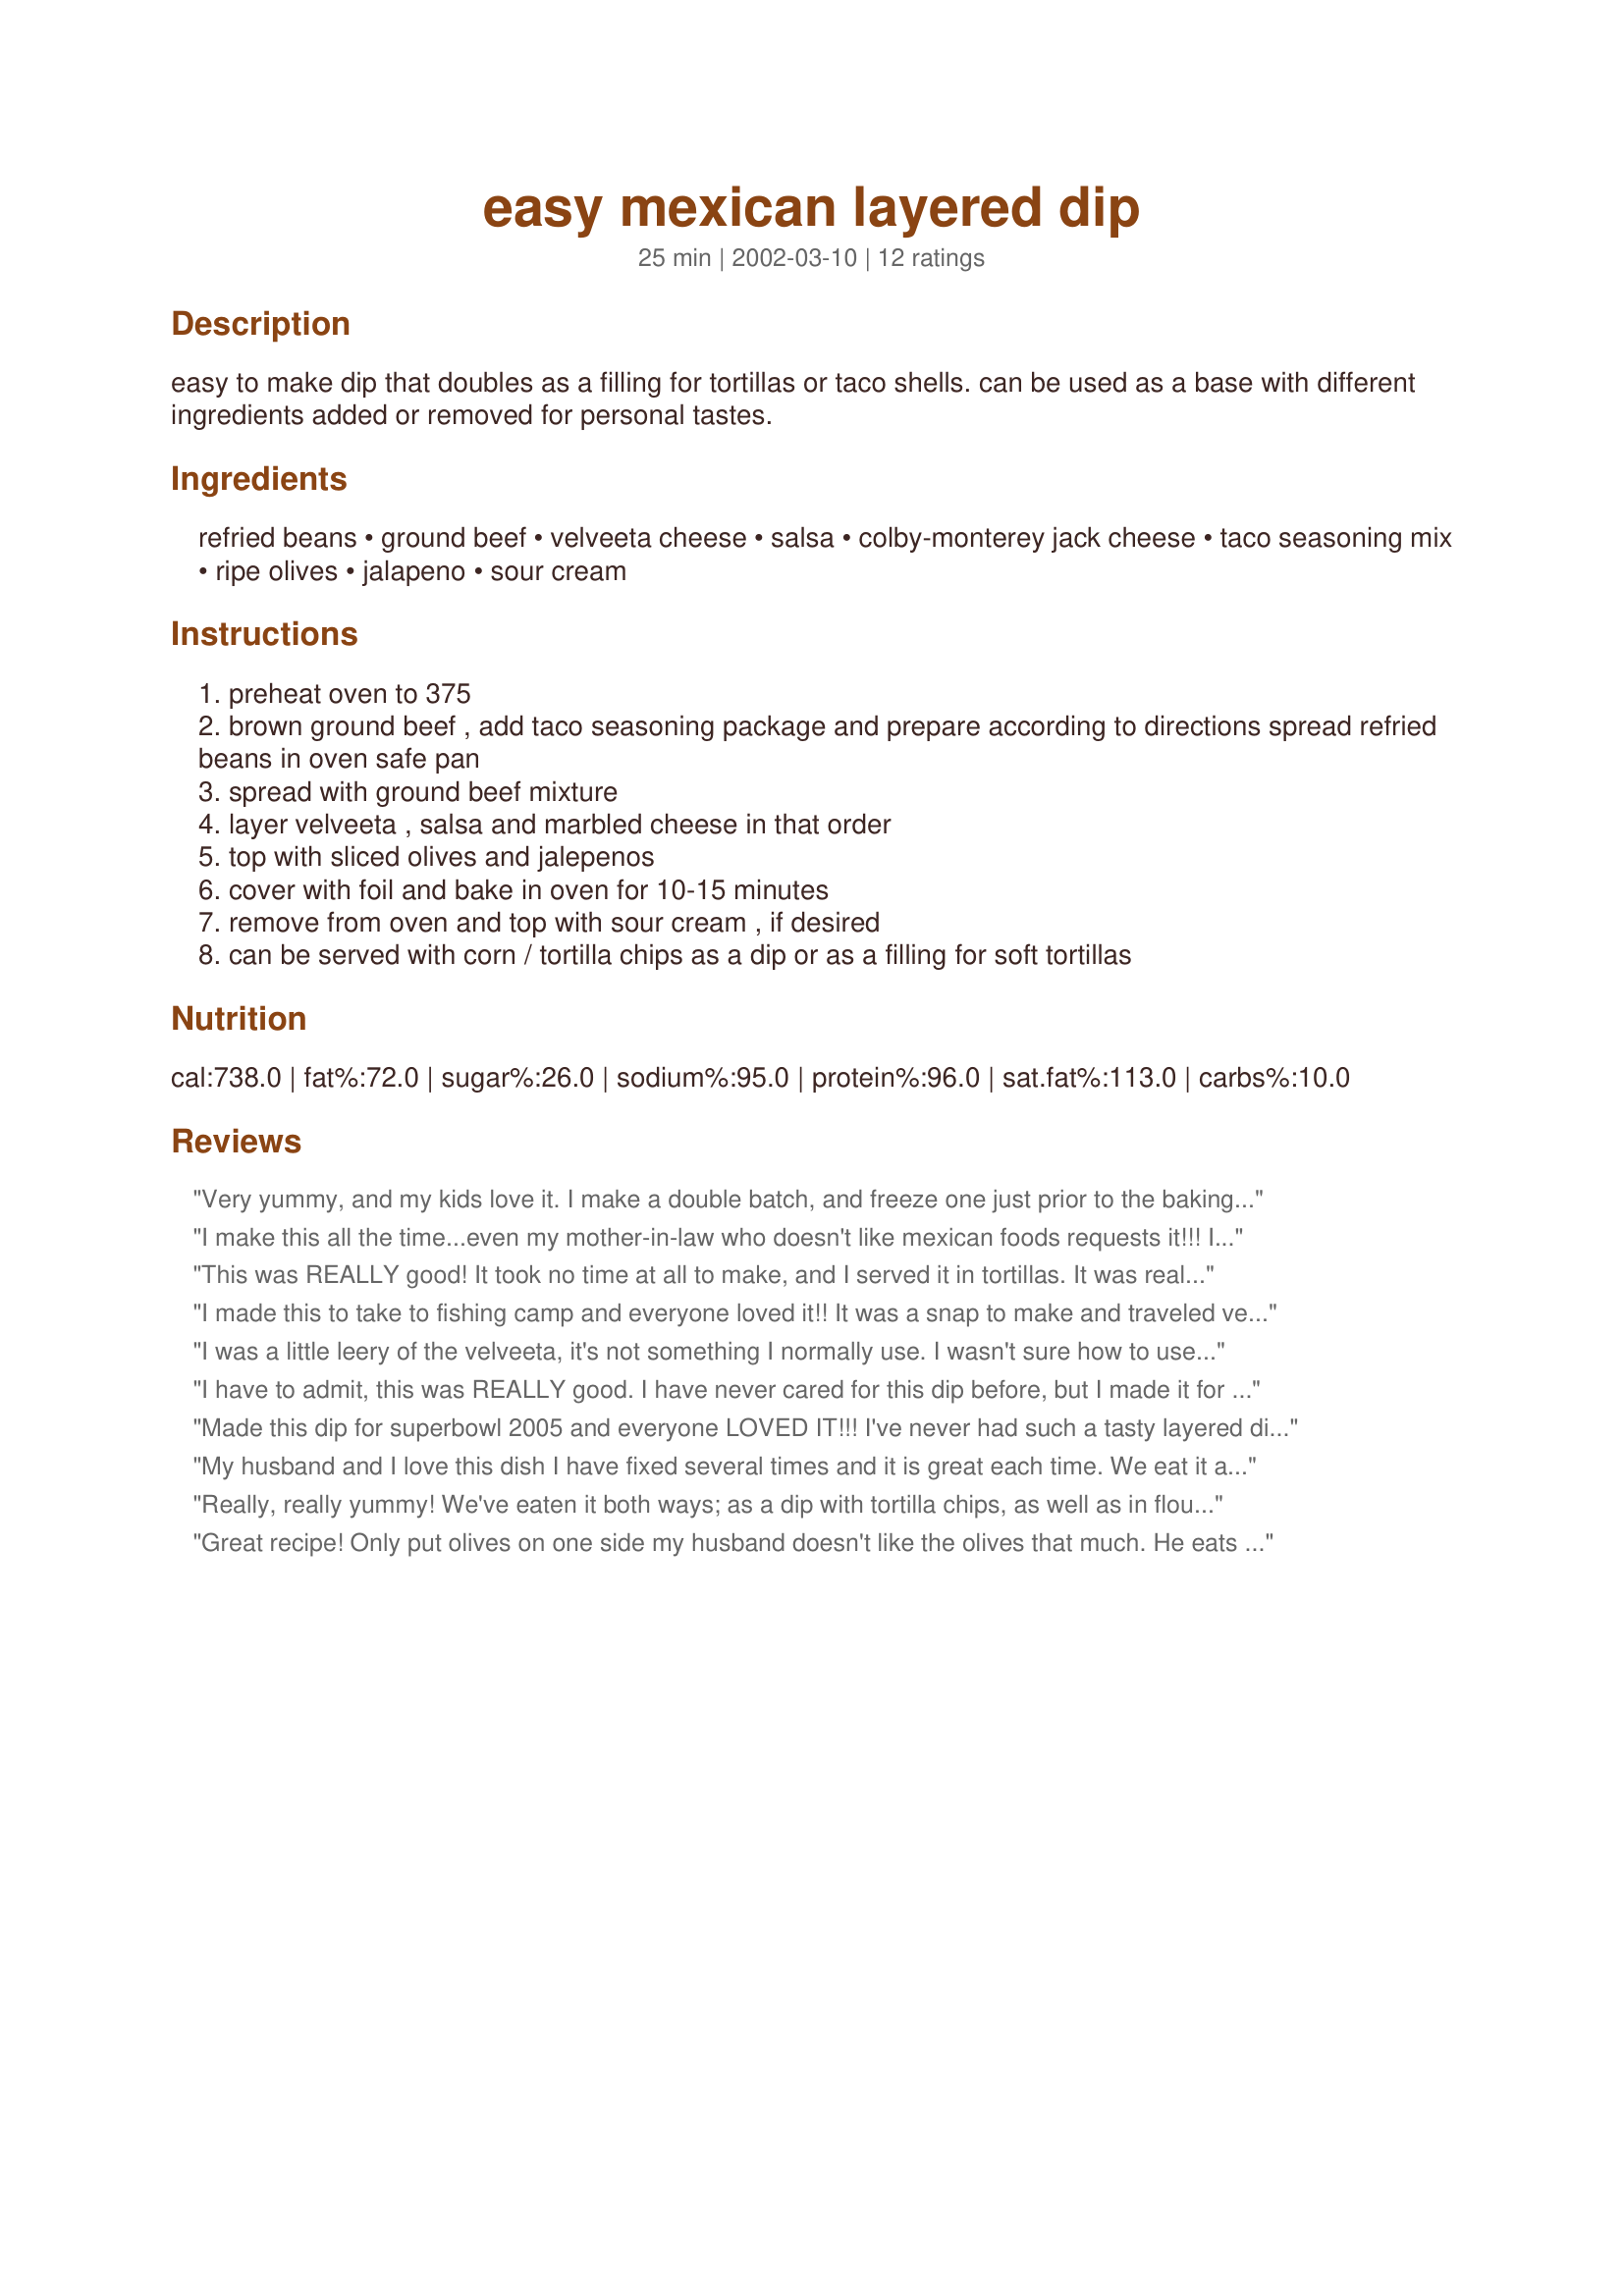
easy mexican layered dip
Preparation time: 25 minutes

easy to make dip that doubles as a filling for tortillas or taco shells. can be used as a base with different ingredients added or removed for personal tastes.

Ingredients:
refried beans, ground beef, velveeta cheese, salsa, colby-monterey jack cheese, taco seasoning mix, ripe olives, jalapeno, sour cream

Steps:
preheat oven to 375
brown ground beef , add taco seasoning package and prepare according to directions spread refried beans in oven safe pan
spread with ground beef mixture
layer velveeta , salsa and marbled cheese in that order
top with sliced olives and jalepenos
cover with foil and bake in oven for 10-15 minutes
remove from oven and top with sour cream , if desired
can be served with corn / tortilla chips as a dip or as a filling for soft tortillas

Reviews:
Very yummy, and my kids love it. I make a double batch, and freeze one just prior to the baking stage for later.
I make this all the time...even my mother-in-law who doesn't like mexican foods requests it!!! I have tried it as a dip and as a filling and it is great either way!! Thanks Kari for a great recipe!!
This was REALLY good! It took no time at all to make, and I served it in tortillas. It was really messy and we had to cut it up and eat it with a fork, but my husband, 4 year old daughter, and I ate it up. As for the left-overs, I'm going to buy a big bag of tortilla chips to finish it off. Thanks for posting this!
I made this to take to fishing camp and everyone loved it!! It was a snap to make and traveled very well. I added dollops of sour cream and diced fresh tomatoes on the top. Served with crisp tortilla chips. We all declared this one a winner! Thanks, Kari!!
I was a little leery of the velveeta, it's not something I normally use. I wasn't sure how to use it so I julienned it and spread it. I also topped mine with fresh tomato and lettuce after I took it out of the oven. This was amazing and well received. Next time I think I will replace the ground beef with chorizo.
I have to admit, this was REALLY good. I have never cared for this dip before, but I made it for a Mexican Fiesta and wow !!
Made this dip for superbowl 2005 and everyone LOVED IT!!! I've never had such a tasty layered dip. The taco seasoning was the right touch. I can't wait to make it again. THANKS!!
My husband and I love this dish I have fixed several times and it is great each time. We eat it as meal,and I use small loaf tins to make individual servings, I also freeze them for dinner during the week.
Really, really yummy! We've eaten it both ways; as a dip with tortilla chips, as well as in flour tortillas as a soft taco filling. Both were great. This is the BEST when it's warm. Drain your meat well so that you don't have any greasy run-off.
Great recipe! Only put olives on one side my husband doesn't like the olives that much. He eats this with flour tortillas and I eat it with chips. Either way its great
Excellent! I used ground bison in place of the beef and it turned out great! Definitely the hit of our family picnic and a recipe I will make for years to come!
I made this for a baby shower, it was devoured! It made a lot, enough for approximately 20 of us. I used salsa instead of the chopped tomatoes, left out olives for our preference. I will make this OFTEN, it is really really good.
